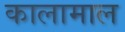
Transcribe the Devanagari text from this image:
कालामाल